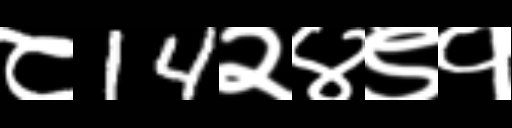
Text: ८14२४९१